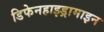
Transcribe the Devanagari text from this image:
डिफेनहाइड्रामाइन